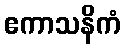
ဧကာသနိကံ